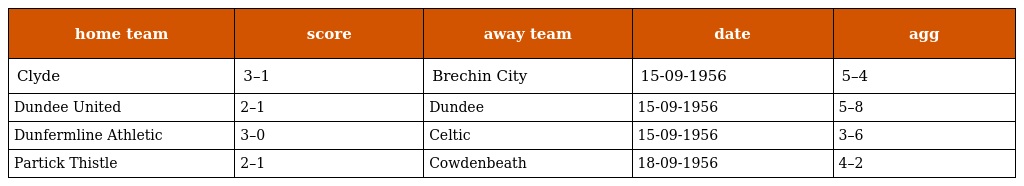
| home team | score | away team | date | agg |
 | --- | --- | --- | --- | --- |
 | Clyde | 3–1 | Brechin City | 15-09-1956 | 5–4 |
 | Dundee United | 2–1 | Dundee | 15-09-1956 | 5–8 |
 | Dunfermline Athletic | 3–0 | Celtic | 15-09-1956 | 3–6 |
 | Partick Thistle | 2–1 | Cowdenbeath | 18-09-1956 | 4–2 |